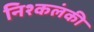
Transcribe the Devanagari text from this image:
निश्कलंकी